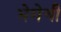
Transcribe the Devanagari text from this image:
भेगेची